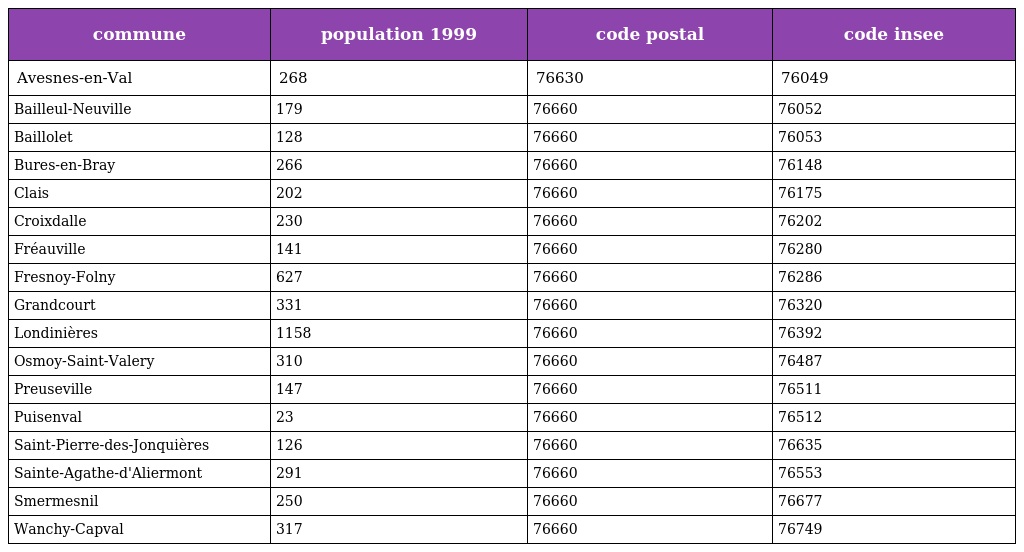
| commune | population 1999 | code postal | code insee |
 | --- | --- | --- | --- |
 | Avesnes-en-Val | 268 | 76630 | 76049 |
 | Bailleul-Neuville | 179 | 76660 | 76052 |
 | Baillolet | 128 | 76660 | 76053 |
 | Bures-en-Bray | 266 | 76660 | 76148 |
 | Clais | 202 | 76660 | 76175 |
 | Croixdalle | 230 | 76660 | 76202 |
 | Fréauville | 141 | 76660 | 76280 |
 | Fresnoy-Folny | 627 | 76660 | 76286 |
 | Grandcourt | 331 | 76660 | 76320 |
 | Londinières | 1158 | 76660 | 76392 |
 | Osmoy-Saint-Valery | 310 | 76660 | 76487 |
 | Preuseville | 147 | 76660 | 76511 |
 | Puisenval | 23 | 76660 | 76512 |
 | Saint-Pierre-des-Jonquières | 126 | 76660 | 76635 |
 | Sainte-Agathe-d'Aliermont | 291 | 76660 | 76553 |
 | Smermesnil | 250 | 76660 | 76677 |
 | Wanchy-Capval | 317 | 76660 | 76749 |